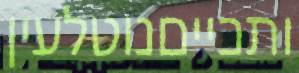
ותכייםנוטלעין